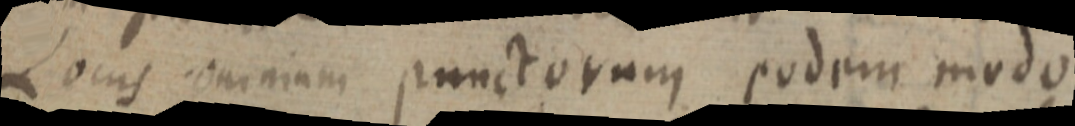
Locus omnium punctorum eodem modo